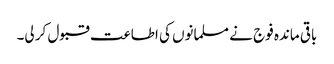
باقی ماندہ فوج نے مسلمانوں کی اطاعت قبول کر لی۔